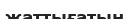
жаттығатын